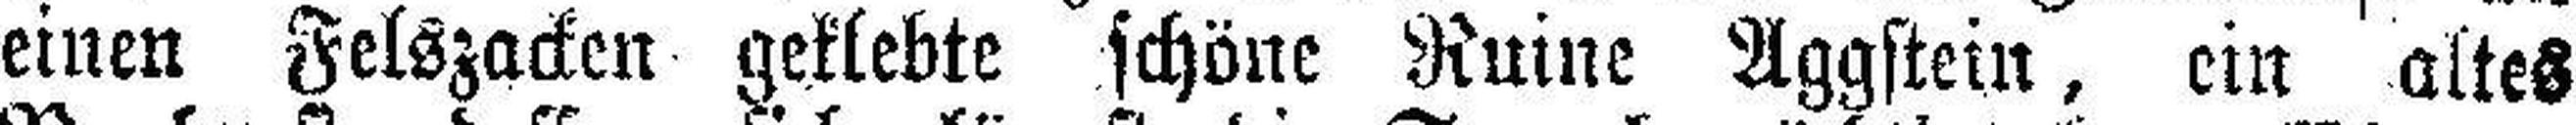
einen Felszacken geklebte schöne Ruine Aggstein, ein altes